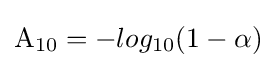
\mathrm {A} _{10}=-log_{10}(1-\alpha )